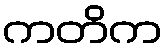
ကတိက